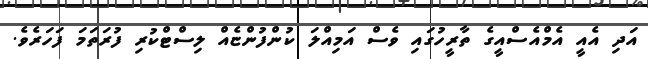
އަދި އެއީ އެމްއެސްއީގެ ތާރީހުގައި ވެސް އަމިއްލަ ކުންފުންޏެއް ލިސްޓްކުރި ފުރަތަމަ ފަހަރެވެ.